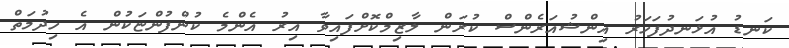
ކަނޑު އުޅަނދުފަހަރު އިންޝުއަރެންސް ކުރަން ލާޒިމްކޮށްފައިވާ އިރު އެންމެ ކުންފުންޏަކުން އެ ހިދުމަތް